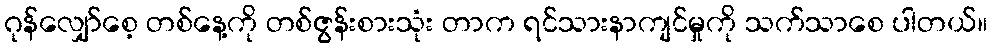
ဂုန်လျှော်စေ့ တစ်နေ့ကို တစ်ဇွန်းစားသုံး တာက ရင်သားနာကျင်မှုကို သက်သာစေ ပါတယ်။